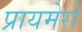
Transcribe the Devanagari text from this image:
प्रायमेरो